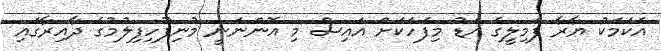
އެކަމަކު ޔާރާ ފެމިލީގެ އަޑު މިފަހަކަށް އައިސް މި އޮންނަނީ މުނިފޫހިފިލުމުގެ ދާއިރާގައި